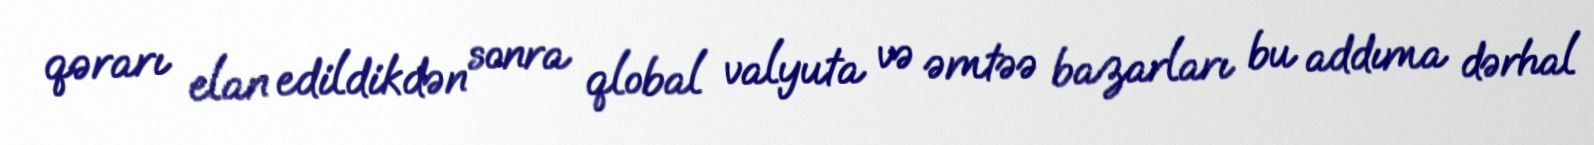
qərarı elan edildikdən sonra qlobal valyuta və əmtəə bazarları bu addıma dərhal